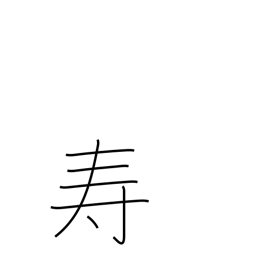
Meaning: longevity